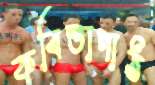
কবিতাপাঠ